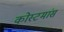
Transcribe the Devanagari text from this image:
कोस्टमांस